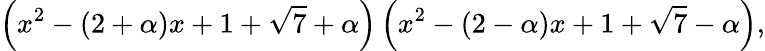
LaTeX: \left(x^{2}-(2+\alpha)x+1+{\sqrt{7}}+\alpha\right)\left(x^{2}-(2-\alpha)x+1+{\sqrt{7}}-\alpha\right),